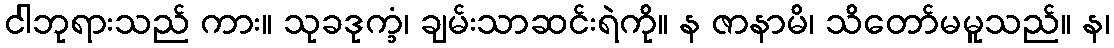
ငါဘုရားသည် ကား။ သုခဒုက္ခံ၊ ချမ်းသာဆင်းရဲကို။ န ဇာနာမိ၊ သိတော်မမူသည်။ န၊